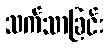
သက်သာခြင်း